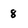
Character: 8